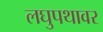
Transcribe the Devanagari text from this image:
लघुपथावर